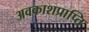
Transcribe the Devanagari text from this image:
अवकाशप्राप्ति